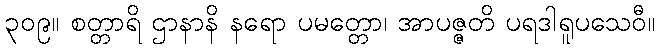
၃၀၉။ စတ္တာရိ ဌာနာနိ နရော ပမတ္တော၊ အာပဇ္ဇတိ ပရဒါရူပသေဝီ။